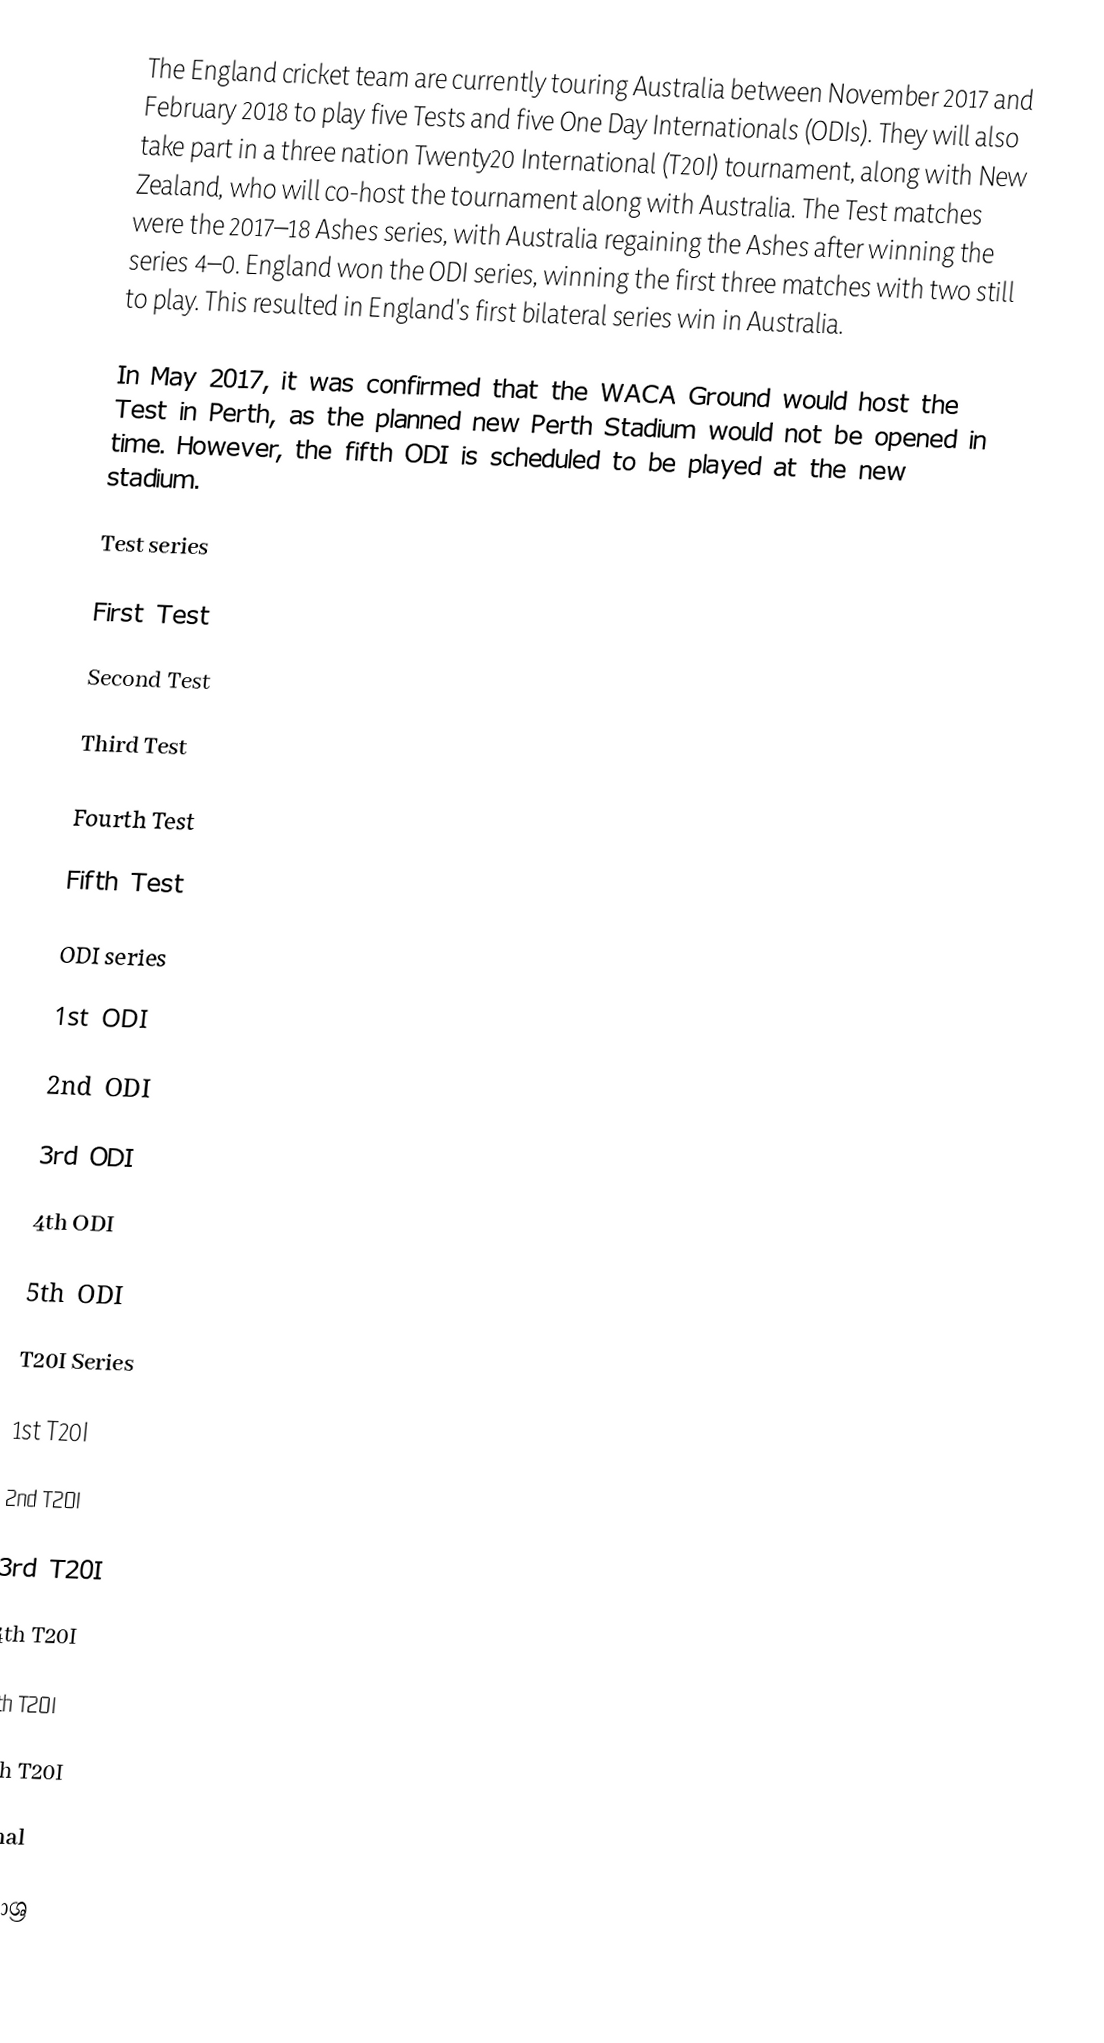
The England cricket team are currently touring Australia between November 2017 and February 2018 to play five Tests and five One Day Internationals (ODIs). They will also take part in a three nation Twenty20 International (T20I) tournament, along with New Zealand, who will co-host the tournament along with Australia. The Test matches were the 2017–18 Ashes series, with Australia regaining the Ashes after winning the series 4–0. England won the ODI series, winning the first three matches with two still to play. This resulted in England's first bilateral series win in Australia.

In May 2017, it was confirmed that the WACA Ground would host the Test in Perth, as the planned new Perth Stadium would not be opened in time. However, the fifth ODI is scheduled to be played at the new stadium.

Test series

First Test

Second Test

Third Test

Fourth Test

Fifth Test

ODI series

1st ODI

2nd ODI

3rd ODI

4th ODI

5th ODI

T20I Series

1st T20I

2nd T20I

3rd T20I

4th T20I

5th T20I

6th T20I

Final

මුලාශ්‍ර